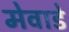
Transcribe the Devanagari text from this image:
मेवाडे